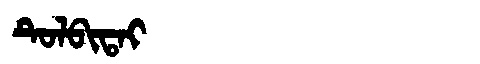
Manchu: ᡨᡠᠯᠪᡳᡨᠠᡳ
Romanization: TULBITAI